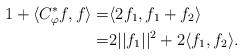
LaTeX: \begin{align*}1+\langle C_\varphi^*f,f\rangle=&\langle 2f_1,f_1+f_2\rangle\\=&2||f_1||^2+2\langle f_1,f_2\rangle.\end{align*}